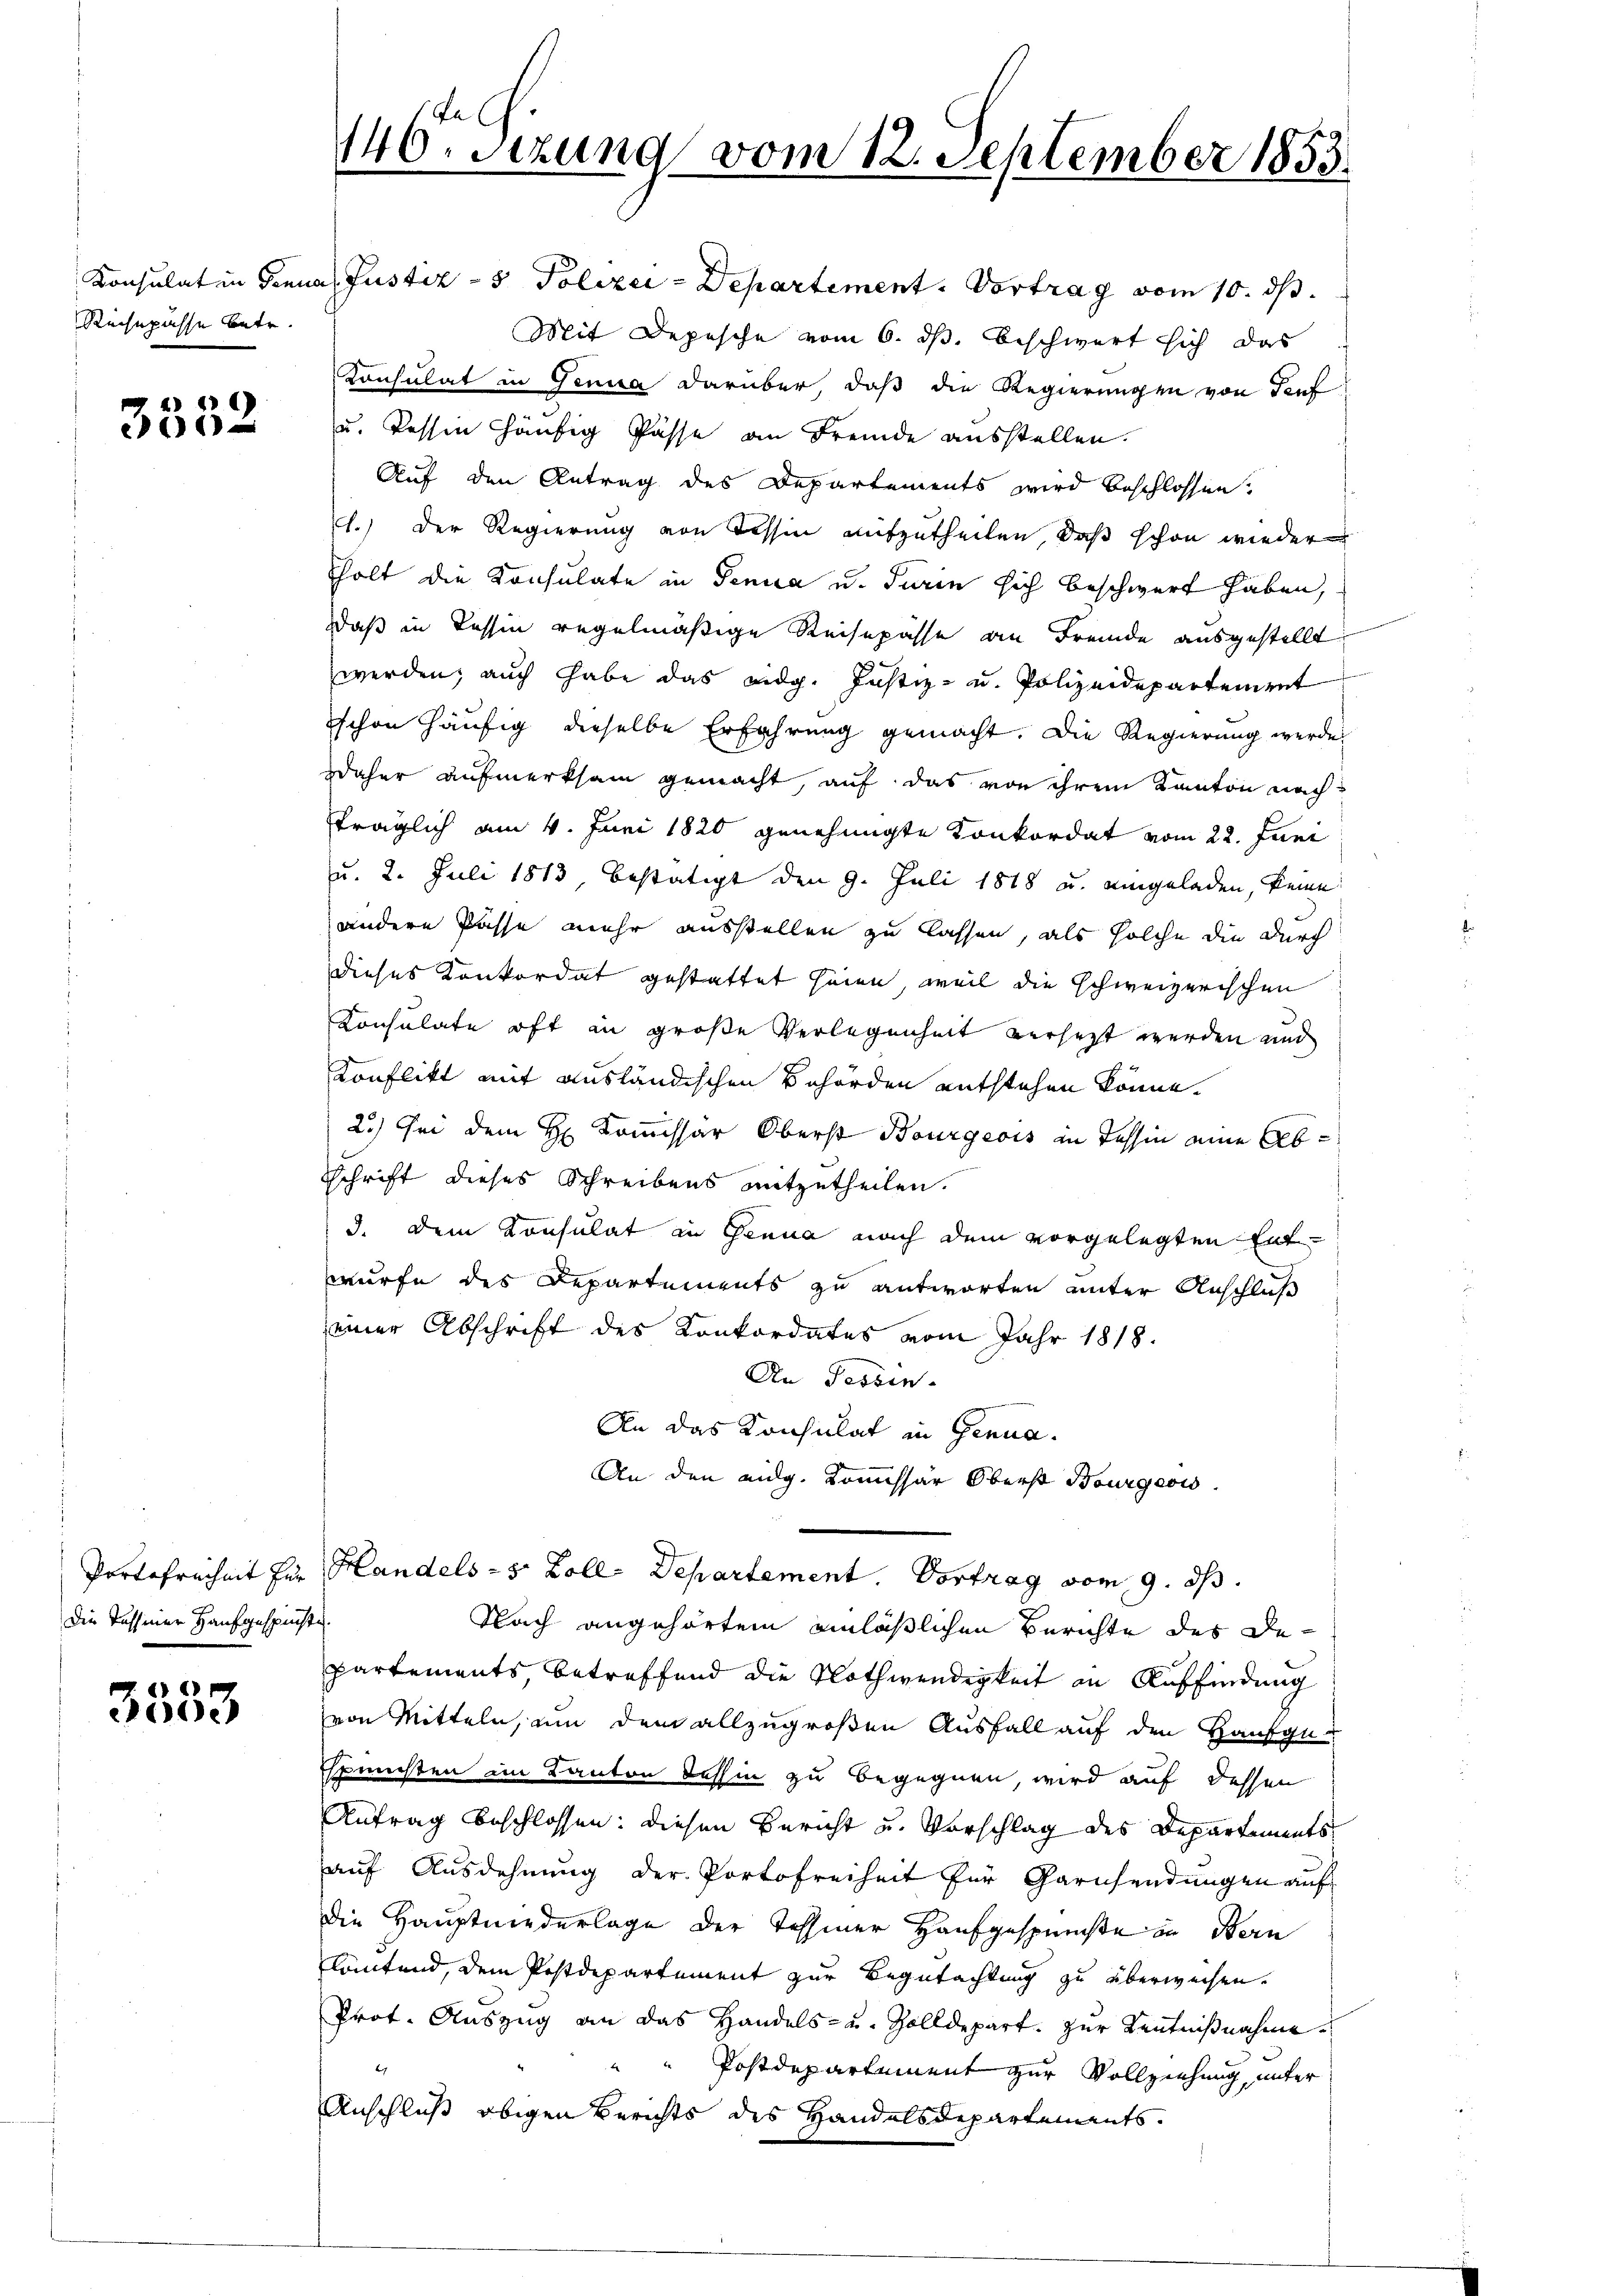
Rechnpasse betr.

3352

Die Tessiner Hausgespüchte.

3333

Konsulat in Genua Justiz- & Polizei-Departement. Vortrag vom 10. ds.
Mit Depesche vom 6. ds. beschwert sich das
Konsulat in Genua darüber, daß die Regierungen von Teuf
u. dessen häufig Pässe an Fremde ausstellen.
Auf den Antrag des Departements wird beschlossen.
1.) Der Regierung von Tessin mitzutheilen, daß schon wieder
holt die Konsulate in Genua u. Turin sich beschwert haben,
daß in Tessin regelmäßige Reisepässe an Fremde ausgestellt,
werden; auch habe das eidg. Justiz- u. Polizeidepartement
schon häufig dieselbe Erfahrung gemacht. Die Regierung werde
daher aufmerksam gemacht, auf das von ihrem Kanton nach
fträglich am 4. Juni 1820 genehmigte Konkordat vom 22. Juni
u. 2. Juli 1813, bestätigt den 9. Juli 1818 u. eingeladen, keine
andere Pässe mehr ausstellen zu lassen, als solche die durch
Dieses Konkordat gestattet seien, weil die schweizerischen
Konsulate oft in große Verlegenheit versetzt werden und
Konflikt mit ausländischen Behörden entstehen könne.
2.) Sei dem H. Kommissar Oberst Bourgeois in Tessin eine AbsSchrift dieses Schreibens mitzutheilen.
3. Dem Konsulat in Genua nach dem vorgelegten Entwurfe des Departements zu antworten unter Anschluß
einer Abschrift des Konkordates vom Jahr 1818.
An Tessin
An das Konsulat in Genua
An den eidg. Kommissär Oberst Bourgeois
Portofreiheit für Handels - 5 Zoll Departement. Vortrag vom 9. ds.
Nach angehörtem einläßlichen Berichte des Departements, betreffend die Nothwendigkeit an Auffindung
von Mitteln, um dem allzugroßen Ausfall auf den Hausge¬
Ehrnisten im Kanton Tessin zu begegnen, wird auf dessen
Antrag beschlossen: diesen Bericht und Vorschlag des Departements
auf Ausdehnung der Portofreiheit für Garnsendungen auf
Die Hauptniederlage der Tessiner Hausgespunste in Bern
lautend, dem Postdepartement zur Begutachtung zu überweisen.
Prot. Auszug an das Handels- u. Zolldepart. zur Kenntnißnahme
 Postdepartement zur Vollziehung, unter
Anschluß obigen Berichts des Handelsdepartements.

140. sezung vom 12. September 1853.